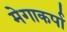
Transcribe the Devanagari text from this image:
मेगाकर्पा